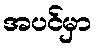
အပင်မှာ